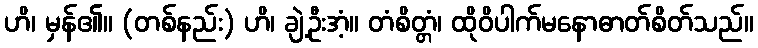
ဟိ၊ မှန်၏။ (တစ်နည်း) ဟိ၊ ချဲ့ဦးအံ့။ တံစိတ္တံ၊ ထိုဝိပါက်မနောဓာတ်စိတ်သည်။